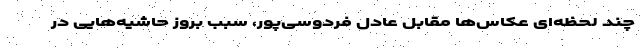
چند لحظه‌ای عکاس‌ها مقابل عادل فردوسی‌پور، سبب بروز حاشیه‌هایی در